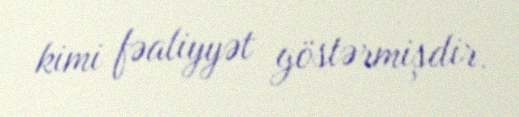
kimi fəaliyyət göstərmişdir.